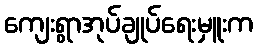
ကျေးရွာအုပ်ချုပ်ရေးမှူးက